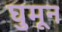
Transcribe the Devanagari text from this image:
घुमून